Leaving Certificate Examination (including Day School Certificate (Higher) General paper), 1936
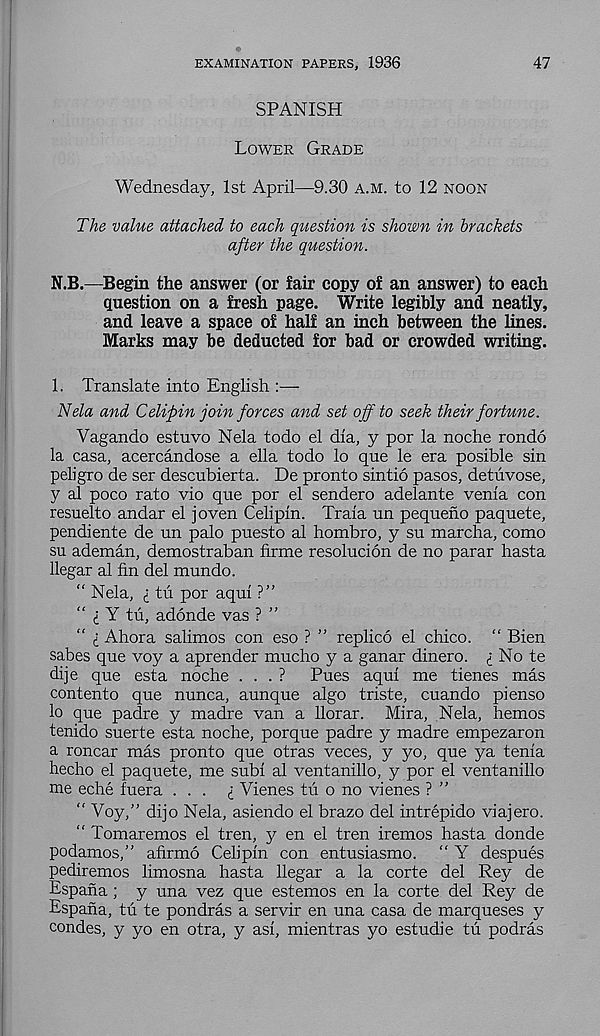
EXAMINATION PAPERS, 1936
47
SPANISH
Lower Grade
Wednesday, 1st April—9.30 a.m. to 12 noon
The value attached to each question is shown in brackets
after the question.
N.B.—Begin the answer (or fair copy of an answer) to each
Question on a fresh page. Write legibly and neatly,
and leave a space of half an inch between the lines.
Marks may be deducted for bad or crowded writing.
1. Translate into English :—
Nela and Celipin join forces and set off to seek their fortune.
Vagando estuvo Nela todo el dia, y por la noche rondo
la casa, acercandose a ella todo lo que le era posible sin
peligro de ser descubierta. De pronto sintio pasos, detuvose,
y al poco rato vio que por el sendero adelante venia con
resuelto andar el joven Celipin. Traia un pequeno paquete,
pendiente de un palo puesto al hombro, y su marcha, como
su ademan, demostraban firme resolucion de no parar hasta
llegar al fin del mundo.
“ Nela, i tu por aqui ?”
“ i Y tu, adonde vas ? ”
“ i Ahora salimos con eso ? ” replied el chico. “ Bien
sabes que voy a aprender mucho y a ganar dinero. ; No te
dije que esta noche . . . ?
Pues aqui me tienes mas
contento que nunca, aunque algo triste, cuando pienso
lo que padre y madre van a llorar. Mira, Nela, hemos
tenido suerte esta noche, porque padre y madre empezaron
a roncar mas pronto que otras veces, y yo, que ya tenia
hecho el paquete, me subi al ventanillo, y por el ventanillo
me eche fuera ... i Vienes tu o no vienes ? ”
“ Voy/’ dijo Nela, asiendo el brazo del intrepido viajero.
“ Tomaremos el tren, y en el tren iremos hasta donde
podamos,” afirmd Celipin con entusiasmo. “ Y despues
pediremos limosna hasta llegar a la corte del Rey de
Espana ; y una vez que estemos en la corte del Rey de
Espana, tu te pondras a servir en una casa de marqueses y
condes, y yo en otra, y asi, mientras yo estudie tu podras